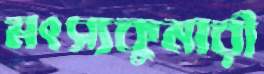
মৎস্যকুমারী